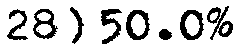
28) 50.0%